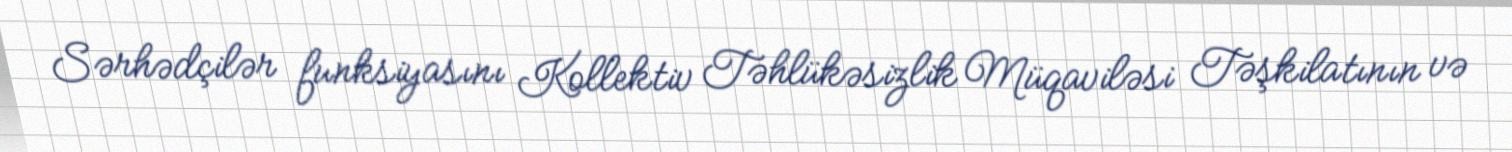
Sərhədçilər funksiyasını Kollektiv Təhlükəsizlik Müqaviləsi Təşkilatının və